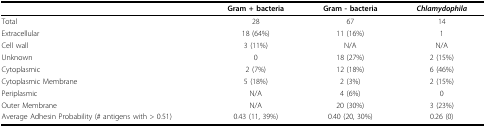
<table><thead><tr><td></td><td><b>Gram + bacteria</b></td><td><b>Gram - bacteria</b></td><td><b><i>Chlamydophila</i></b></td></tr></thead><tbody><tr><td>Total</td><td>28</td><td>67</td><td>14</td></tr><tr><td>Extracellular</td><td>18 (64%)</td><td>11 (16%)</td><td>1</td></tr><tr><td>Cell wall</td><td>3 (11%)</td><td>N/A</td><td>N/A</td></tr><tr><td>Unknown</td><td>0</td><td>18 (27%)</td><td>2 (15%)</td></tr><tr><td>Cytoplasmic</td><td>2 (7%)</td><td>12 (18%)</td><td>6 (46%)</td></tr><tr><td>Cytoplasmic Membrane</td><td>5 (18%)</td><td>2 (3%)</td><td>2 (15%)</td></tr><tr><td>Periplasmic</td><td>N/A</td><td>4 (6%)</td><td>0</td></tr><tr><td>Outer Membrane</td><td>N/A</td><td>20 (30%)</td><td>3 (23%)</td></tr><tr><td>Average Adhesin Probability (# antigens with &gt; 0.51)</td><td>0.43 (11, 39%)</td><td>0.40 (20, 30%)</td><td>0.26 (0)</td></tr></tbody></table>